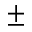
\pm